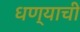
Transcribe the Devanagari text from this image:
धण्याची